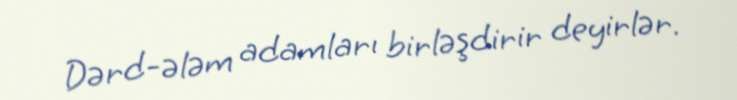
Dərd-ələm adamları birləşdirir deyirlər.